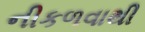
નીકળવાથી